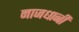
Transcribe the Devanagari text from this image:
नाजधानी